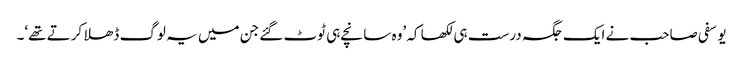
یوسفی صاحب نے ایک جگہ درست ہی لکھا کہ ’وہ سانچے ہی ٹوٹ گئے جن میں یہ لوگ ڈھلا کرتے تھے‘۔